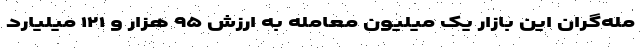
مله‌گران این بازار یک میلیون معامله به ارزش ۹۵ هزار و ۱۲۱ میلیارد